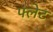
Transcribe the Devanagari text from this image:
फ्लेट